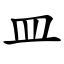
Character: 皿